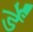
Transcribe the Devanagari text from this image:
र्डें